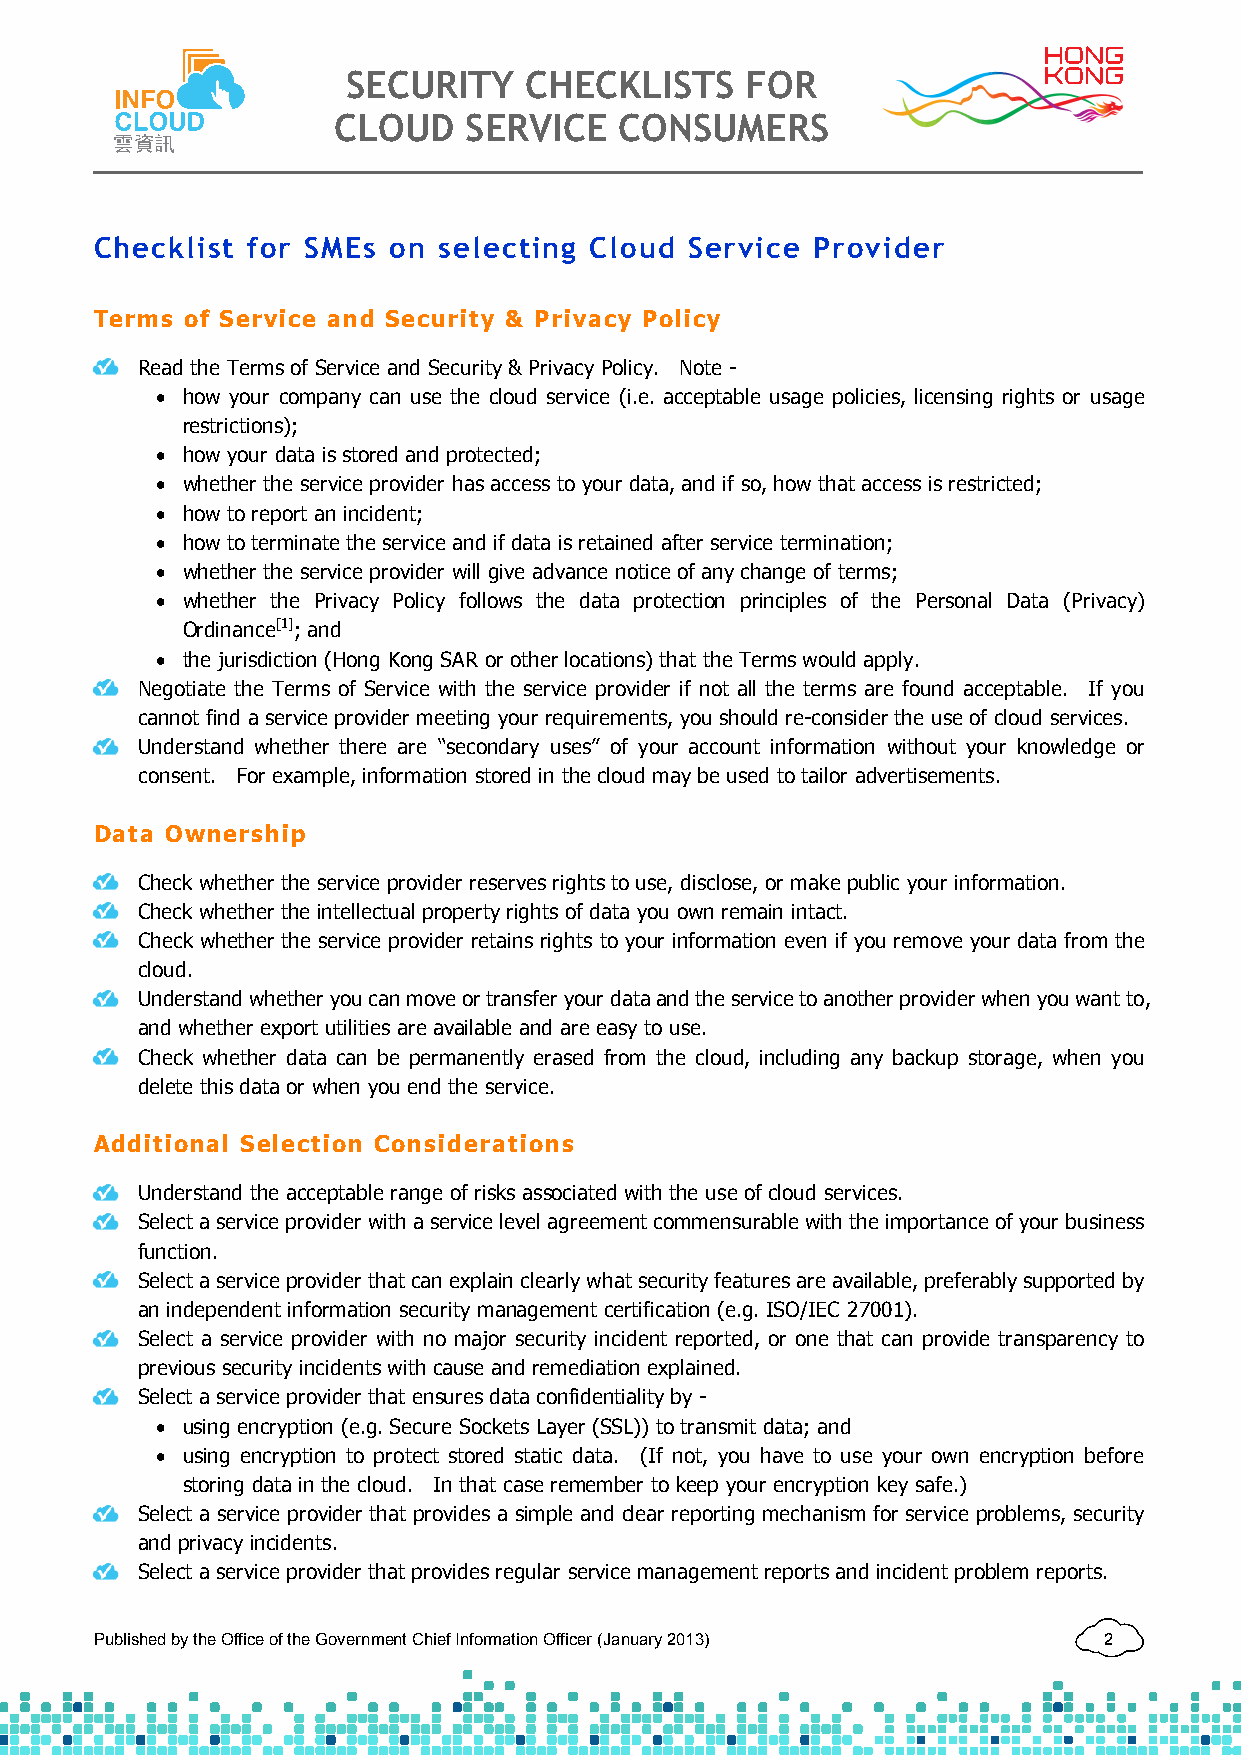
SECURITY    CHECKLISTS    FOR
 CLOUD    SERVICE   CONSUMERS
 Checklist for SMEs  on selecting Cloud  Service Provider
 Terms of Service and Security & Privacy Policy
 Read the Terms of Service and Security & Privacy Policy. Note -
  how your company can use the cloud service (i.e. acceptable usage policies, licensing rights or usage
 restrictions);
  how your data is stored and protected;
  whether the service provider has access to your data, and if so, how that access is restricted;
  how to report an incident;
  how to terminate the service and if data is retained after service termination;
  whether the service provider will give advance notice of any change of terms;
  whether the Privacy Policy follows the data protection principles of the Personal Data (Privacy)
 Ordinance[1]; and
  the jurisdiction (Hong Kong SAR or other locations) that the Terms would apply.
 Negotiate the Terms of Service with the service provider if not all the terms are found acceptable. If you
 cannot find a service provider meeting your requirements, you should re-consider the use of cloud services.
 Understand whether there are “secondary uses” of your account information without your knowledge or
 consent. For example, information stored in the cloud may be used to tailor advertisements.
 Data Ownership
 Check whether the service provider reserves rights to use, disclose, or make public your information.
 Check whether the intellectual property rights of data you own remain intact.
 Check whether the service provider retains rights to your information even if you remove your data from the
 cloud.
 Understand whether you can move or transfer your data and the service to another provider when you want to,
 and whether export utilities are available and are easy to use.
 Check whether data can be permanently erased from the cloud, including any backup storage, when you
 delete this data or when you end the service.
 Additional Selection Considerations
 Understand the acceptable range of risks associated with the use of cloud services.
 Select a service provider with a service level agreement commensurable with the importance of your business
 function.
 Select a service provider that can explain clearly what security features are available, preferably supported by
 an independent information security management certification (e.g. ISO/IEC 27001).
 Select a service provider with no major security incident reported, or one that can provide transparency to
 previous security incidents with cause and remediation explained.
 Select a service provider that ensures data confidentiality by -
  using encryption (e.g. Secure Sockets Layer (SSL)) to transmit data; and
  using encryption to protect stored static data. (If not, you have to use your own encryption before
 storing data in the cloud. In that case remember to keep your encryption key safe.)
 Select a service provider that provides a simple and clear reporting mechanism for service problems, security
 and privacy incidents.
 Select a service provider that provides regular service management reports and incident problem reports.
 Published by the Office of the Government Chief Information Officer (January 2013) 2